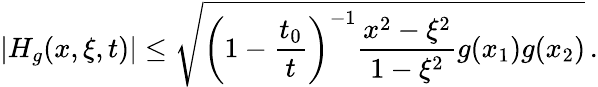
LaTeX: |H_{g}(x,\xi,t)|\leq\sqrt{\left(1-\frac{t_{0}}{t}\right)^{-1}\frac{x^{2}-\xi^{2}}{1-\xi^{2}}g(x_{1})g(x_{2})}\, .